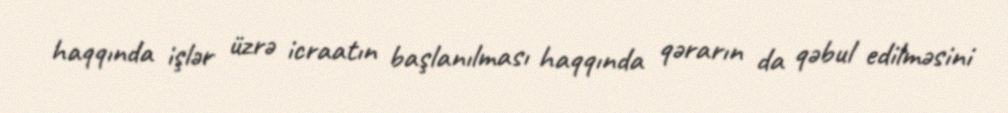
haqqında işlər üzrə icraatın başlanılması haqqında qərarın da qəbul edilməsini